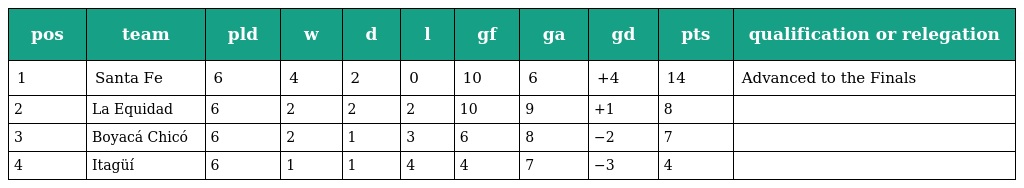
| pos | team | pld | w | d | l | gf | ga | gd | pts | qualification or relegation |
 | --- | --- | --- | --- | --- | --- | --- | --- | --- | --- | --- |
 | 1 | Santa Fe | 6 | 4 | 2 | 0 | 10 | 6 | +4 | 14 | Advanced to the Finals |
 | 2 | La Equidad | 6 | 2 | 2 | 2 | 10 | 9 | +1 | 8 |  |
 | 3 | Boyacá Chicó | 6 | 2 | 1 | 3 | 6 | 8 | −2 | 7 |  |
 | 4 | Itagüí | 6 | 1 | 1 | 4 | 4 | 7 | −3 | 4 |  |